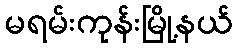
မရမ်းကုန်းမြို့နယ်